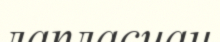
лапласиан